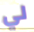
لي